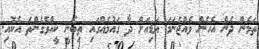
ތަމެން ދެން އެހެން ވެއްޖެނަމަ އަޑިއަށް ދާ ގައުމެއްގައި ތިބެނީ ކީއްވެގެންތަ އެކޮއި.